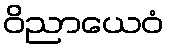
ဝိညာယေဝံ